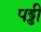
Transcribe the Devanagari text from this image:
पड्डी